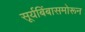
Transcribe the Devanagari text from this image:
सूर्यबिंबासमोरून